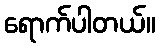
ရောက်ပါတယ်။